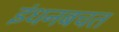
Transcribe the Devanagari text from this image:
इंधनबचत